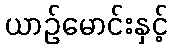
ယာဉ်မောင်းနှင့်